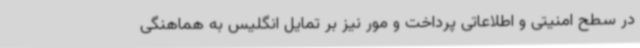
در سطح امنیتی و اطلاعاتی پرداخت و مور نیز بر تمایل انگلیس به هماهنگی